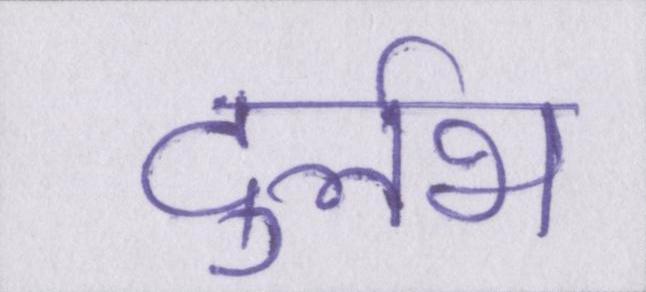
दुर्लभ